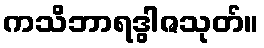
ကသိဘာရဒွါဇသုတ်။